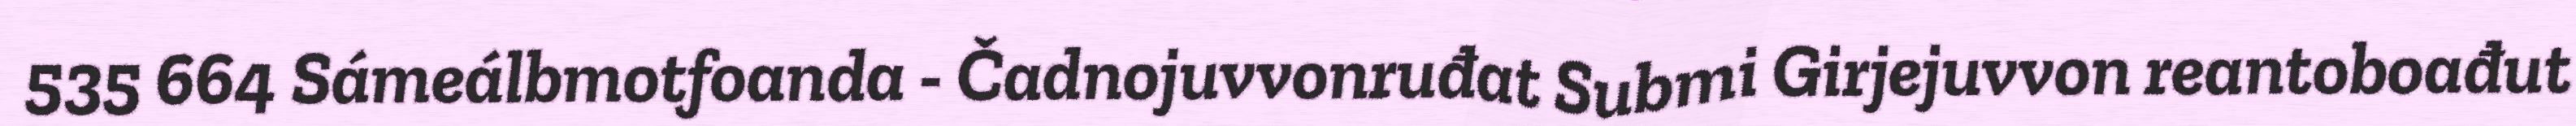
535 664 Sámeálbmotfoanda - Čadnojuvvonruđat Submi Girjejuvvon reantoboađut